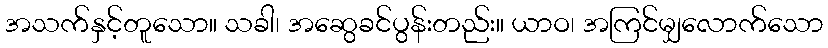
အသက်နှင့်တူသော။ သခါ၊ အဆွေခင်ပွန်းတည်း။ ယာဝ၊ အကြင်မျှလောက်သော